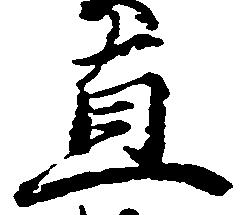
直